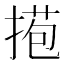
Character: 𢯿